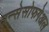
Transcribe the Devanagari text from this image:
त्रन्सेसोफगेअल